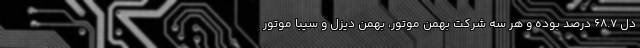
دل 68.7 درصد بوده و هر سه شرکت بهمن موتور، بهمن دیزل و سیبا موتور